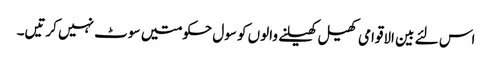
اس لئے بین الاقوامی کھیل کھیلنے والوں کو سول حکومتیں سوٹ نہیں کرتیں۔